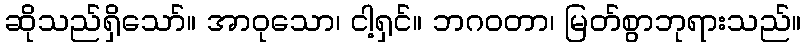
ဆိုသည်ရှိသော်။ အာဝုသော၊ ငါ့ရှင်။ ဘဂဝတာ၊ မြတ်စွာဘုရားသည်။